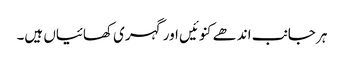
ہر جانب اندھے کنوئیں اور گہری کھائیاں ہیں۔